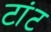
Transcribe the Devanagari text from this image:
टांट